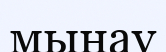
мынау